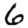
Digit: 6